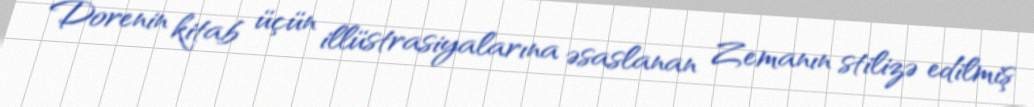
Dorenin kitab üçün illüstrasiyalarına əsaslanan Zemanın stilizə edilmiş